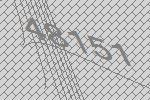
48151